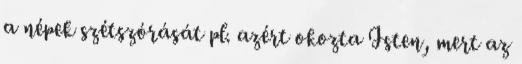
a népek szétszórását pl. azért okozta Isten, mert az